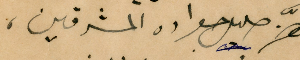
هزَّ صليل جواده المشرقين،